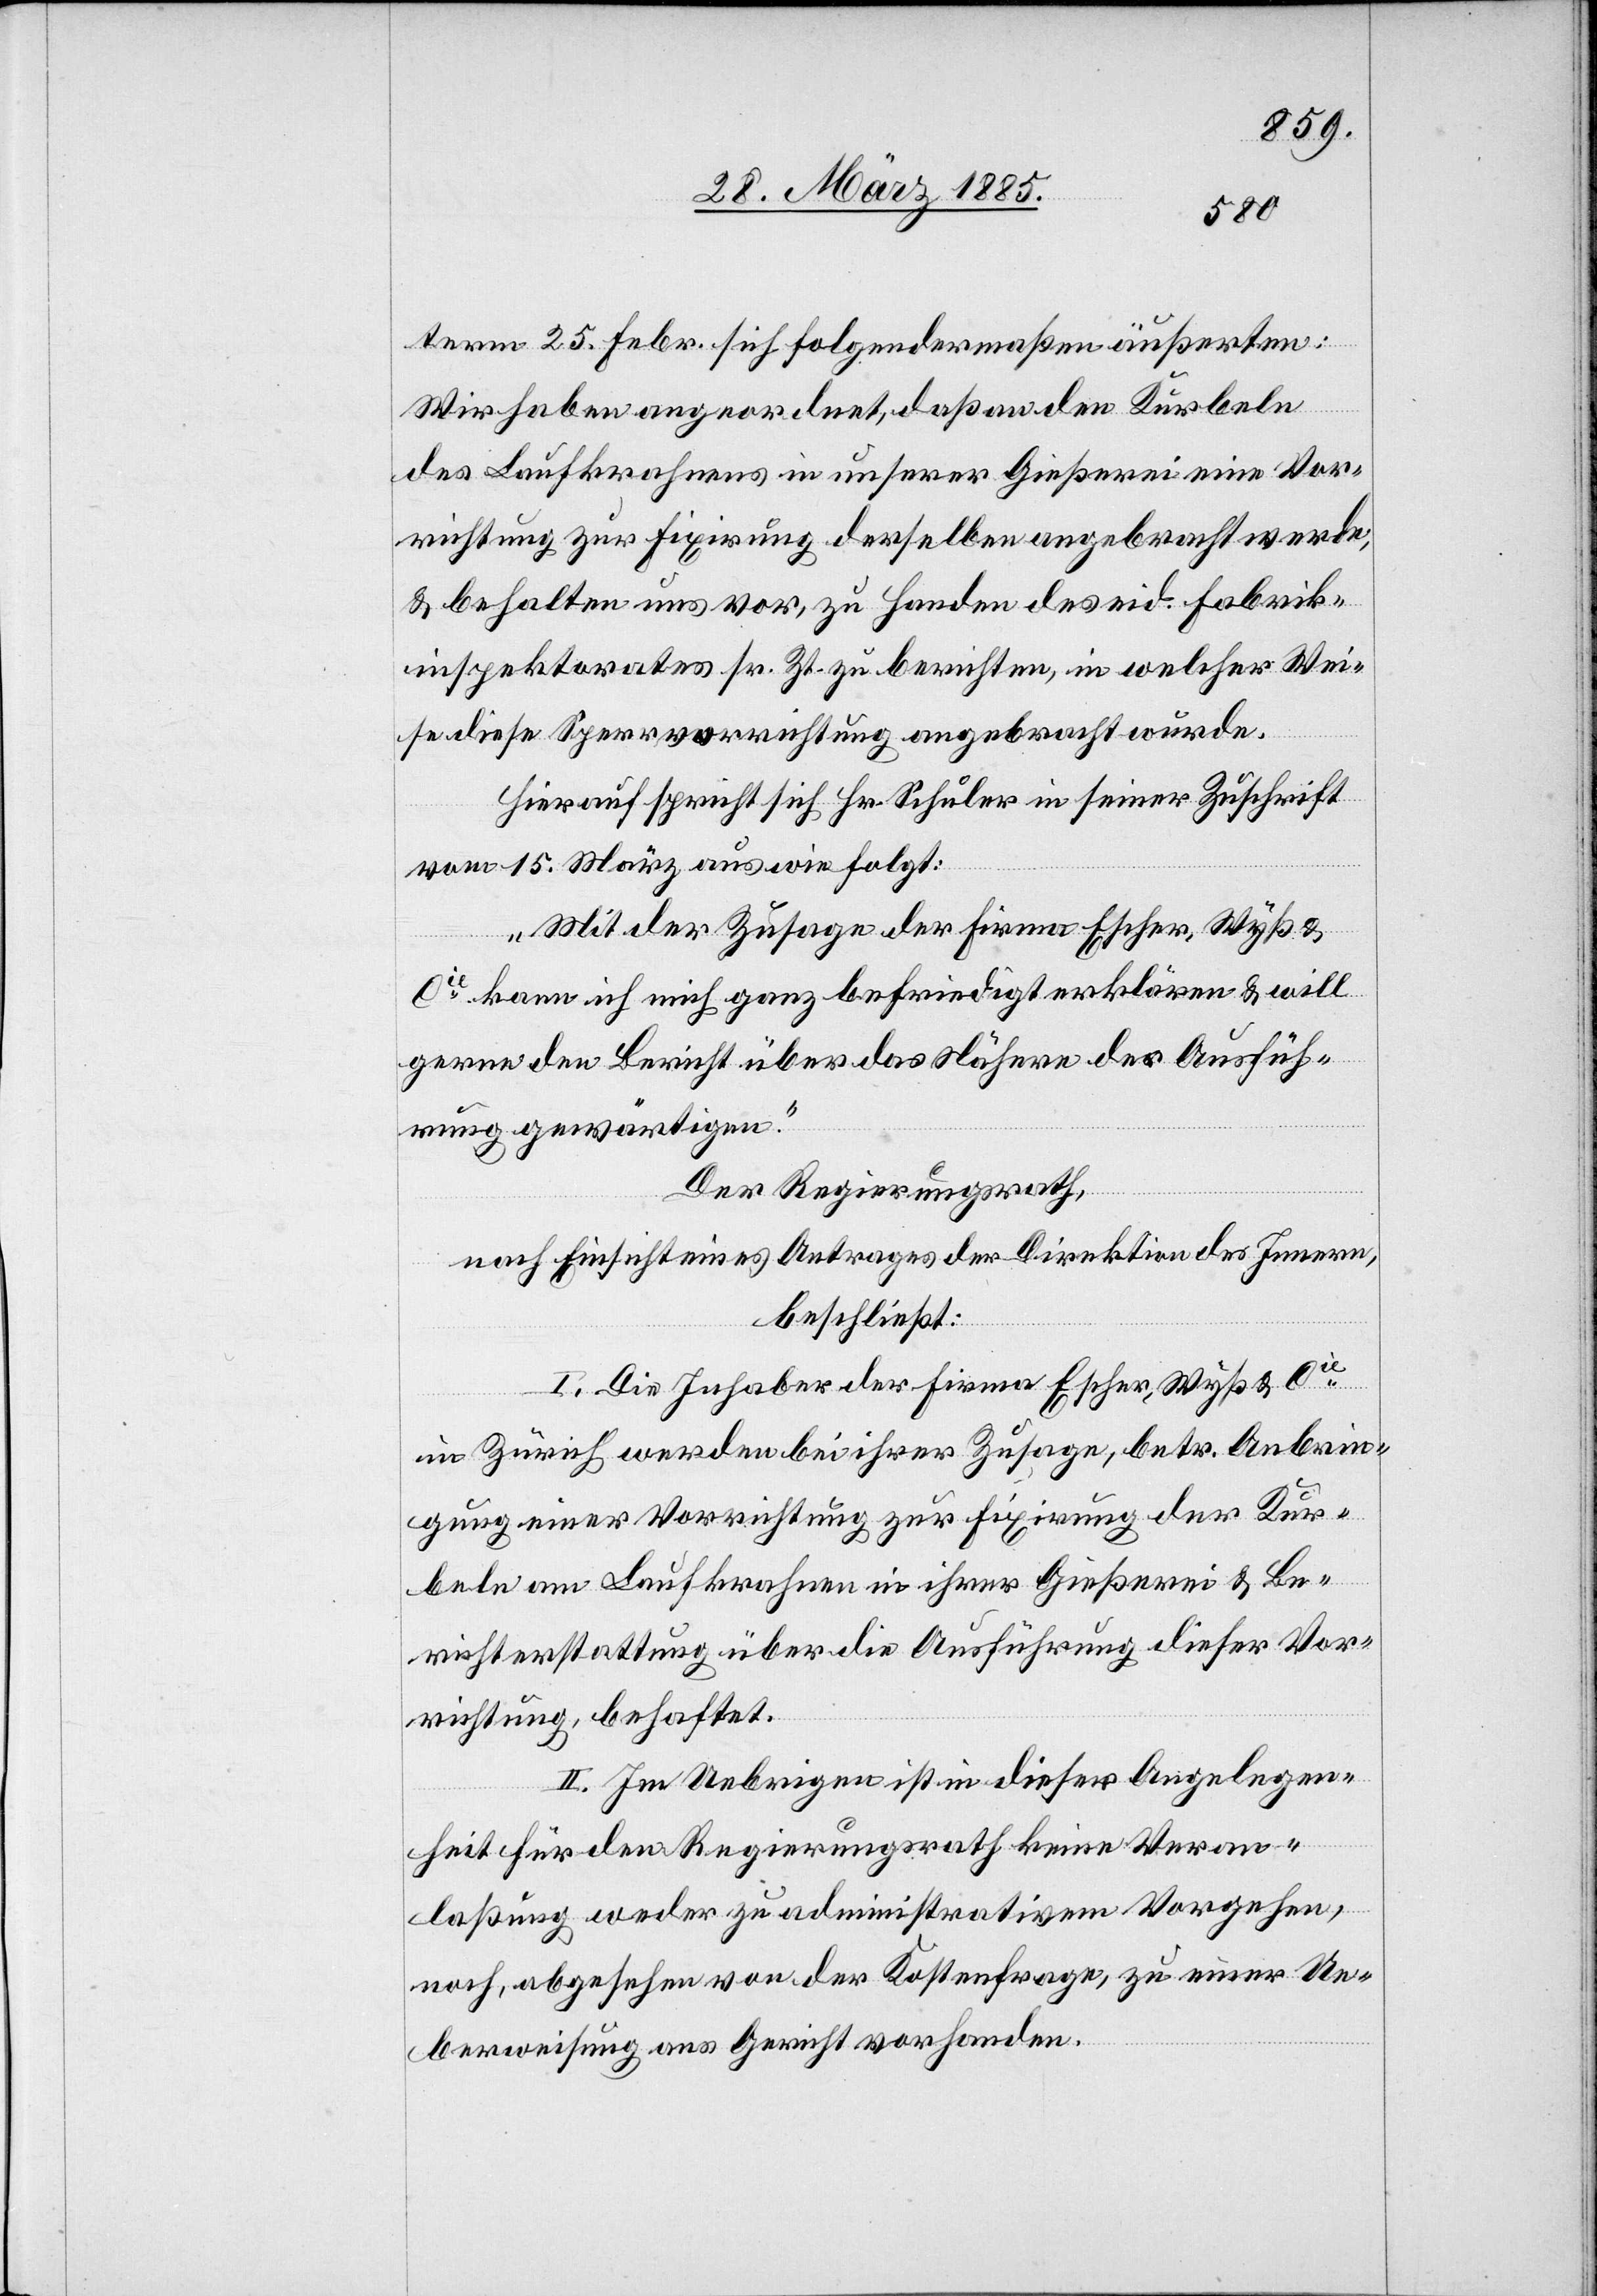
term 25. Febr. sich folgendermaßen äußerten:
Wir haben angeordnet, daß an den Kurbeln
des Laufkrahnens in unserer Gießerei eine Vor¬
richtung zur Fixirung derselben angebracht werde,
& behalten uns vor, zu Handen des eid. Fabrik¬
inspektorates sr. Zt. zu berichten, in welcher Wei¬
se diese Sperrvorrichtung angebracht wurde.
Hierauf spricht sich Hr. Schuler in seiner Zuschrift
vom 15. März aus wie folgt:
„Mit der Zusage der Firma Escher, Wyß &
Cie kann ich mich ganz befriedigt erklären & will
gerne den Bericht über das Nähere der Ausfüh¬
rung gewärtigen.“
Der Regierungsrath,
nach Einsicht eines Antrages der Direktion des Innern,
beschließt:
I. Die Inhaber der Firma Escher, Wyß & Cie
in Zürich werden bei ihrer Zusage, betr. Anbrin¬
gung einer Vorrichtung zur Fixirung der Kur¬
beln am Laufkrahnen in ihrer Gießerei & Be¬
richterstattung über die Ausführung dieser Vor¬
richtung, behaftet.
II. Im Uebrigen ist in dieser Angelegen¬
heit für den Regierungsrath keine Veran¬
laßung weder zu administrativem Vorgehen,
noch, abgesehen von der Kostenfrage, zu einer Ue¬
berweisung ans Gericht vorhanden.